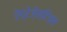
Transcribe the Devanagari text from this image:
रेप्रेज़ेन्टिव्स